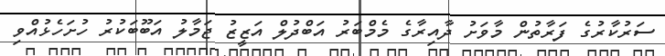
ސަރުކާރުގެ ފަރާތުން މާވަށު ދާއިރާގެ މެމްބަރު އަބްދުލް އަޒީޒު ޖަމާލު އަބޫބަކުރު ހުށަހެޅުއްވި